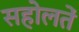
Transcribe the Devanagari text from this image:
सहोलतें